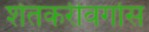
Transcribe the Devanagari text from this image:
शेतकरीवर्गास